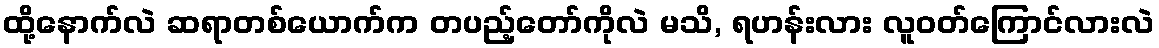
ထို့နောက်လဲ ဆရာတစ်ယောက်က တပည့်တော်ကိုလဲ မသိ, ရဟန်းလား လူဝတ်ကြောင်လားလဲ